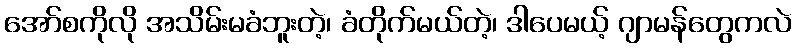
အော်စကိုလို အသိမ်းမခံဘူးတဲ့၊ ခံတိုက်မယ်တဲ့၊ ဒါပေမယ့် ဂျာမန်တွေကလဲ